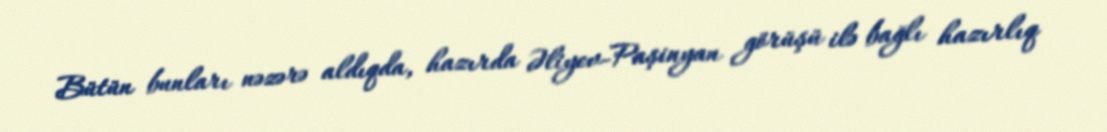
Bütün bunları nəzərə aldıqda, hazırda Əliyev-Paşinyan görüşü ilə bağlı hazırlıq